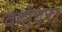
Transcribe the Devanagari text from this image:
वदोदरा